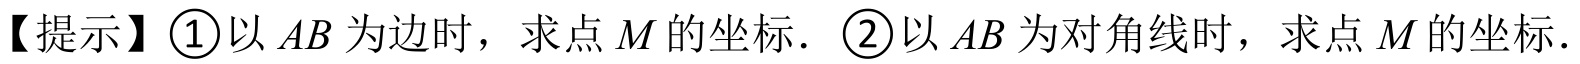
【提示】\(\textcircled{1}\)以 \(AB\) 为边时，求点 \(M\) 的坐标．\(\textcircled{2}\)以 \(AB\) 为对角线时，求点 \(M\) 的坐标．